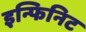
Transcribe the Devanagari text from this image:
इन्फिनिट